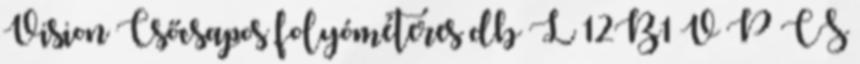
Vision Csőcsapos folyóméteres db L 12B1 V P CS